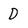
Character: D